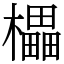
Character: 櫑